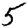
Digit: 5